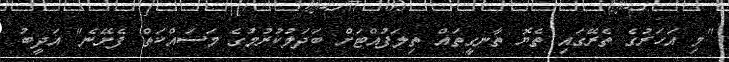
"މި އަހަރުގެ ތެރޭގައި ތެޔޮ ތާނގީތައް ތިލަފުއްޓަށް ބަދަލުކުރުމުގެ މަސައްކަތް ފެށޭނެ" އަދީބު